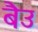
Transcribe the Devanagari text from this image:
बैउ